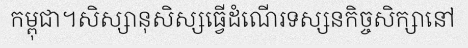
កម្ពុជា។សិស្សានុសិស្សធ្វើដំណើរទស្សនកិច្ចសិក្សានៅ